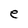
Character: e